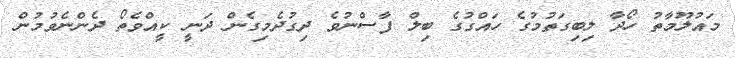
މައުލޫމާތު ހޯދާ ލިބިގަތުމުގެ ހައްގުގެ ބިލް ފާސްނުވެ ދިގުދެމިގެން ދަނީ ކީއްވެތޯ ދެންނެވުމުން